Vaccination United Provinces of Agra and Oudh 1923-1928 - 1923-1928
Year: 1923
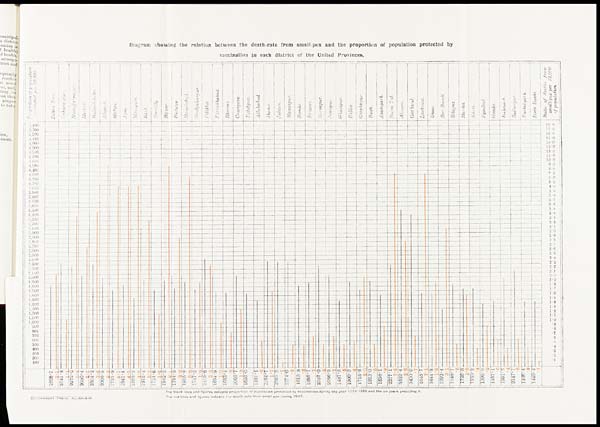
Diagram showing the relation between the death-rate from small-pox and the proportion of population protected by
vaccination in each district of the United Provinces.
The black lines and figures indicate proportion of population protected by vaccination during the year 1925-1926 and the six years preceding it.
The red lines and figures indicate the death rate from small-pox during 1925.